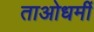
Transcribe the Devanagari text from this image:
ताओधर्मी